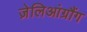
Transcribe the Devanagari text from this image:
ज़ेलिआंग्रौंग